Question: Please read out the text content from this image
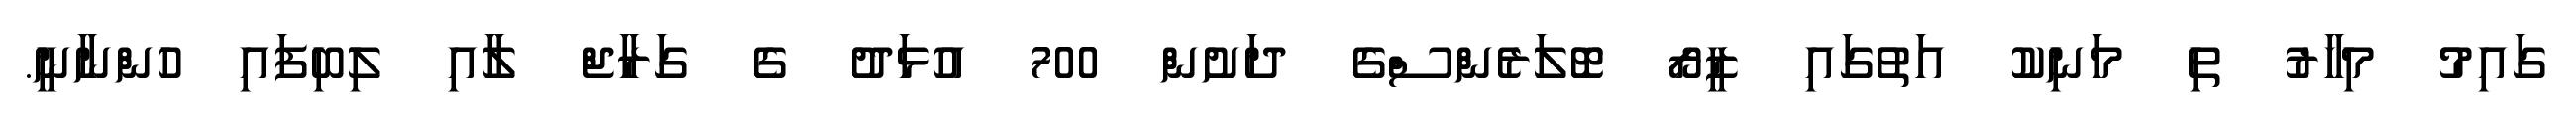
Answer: ގައިމު މިހާރު ތި މަނިކު އަތުގައި ޒީރޯ ޓޮލަރެންސްގެ ދަށުން 700 އުޅަދު ގެ ގަރާޖް ލާއި ލިބިފައި ހުންނާނީ.